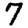
Digit: 7